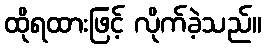
ထိုရထားဖြင့် လိုက်ခဲ့သည်။